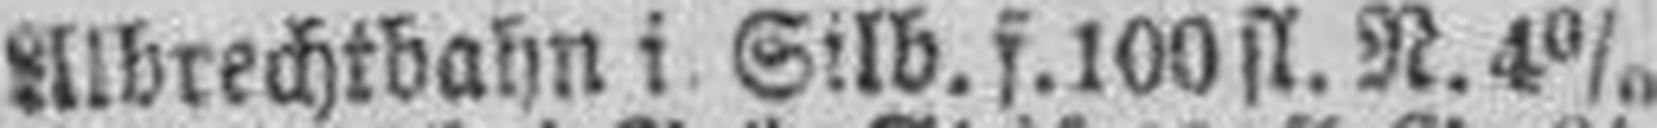
AIbrechtbahn i Silb. f. 100 fl. N. 4%